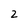
Character: 2